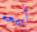
أبيعه